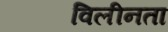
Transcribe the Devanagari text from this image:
विलीनता